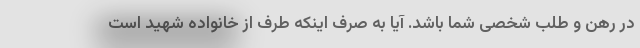
در رهن و طلب شخصی شما باشد. آیا به صرف اینکه طرف از خانواده شهید است